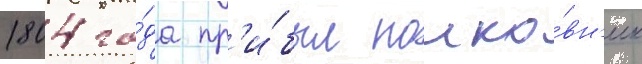
1804 го́да пр'и́был полко́вн'ик